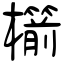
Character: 櫤